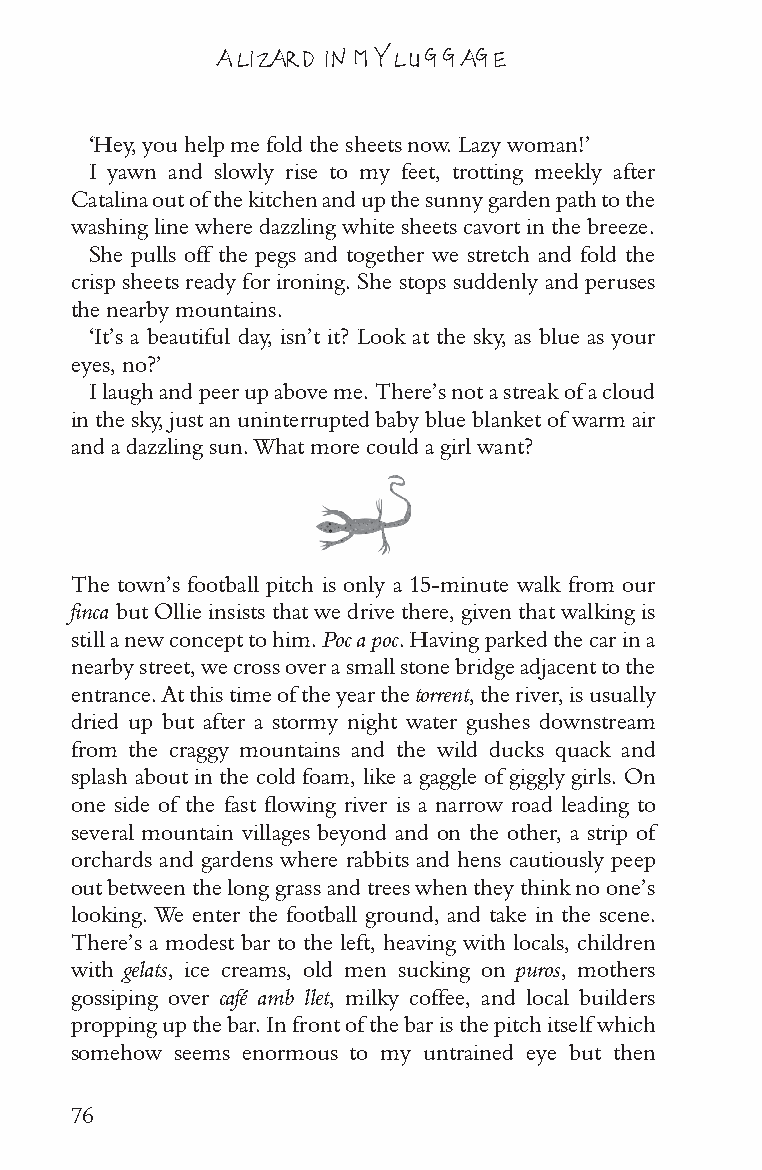
A LIZARD IN MY LUGGAGE
 ‘Hey, you help me fold the sheets now. Lazy woman!’
 I yawn and slowly rise to my feet, trotting meekly after
 Catalina out of the kitchen and up the sunny garden path to the
 washing line where dazzling white sheets cavort in the breeze.
 She pulls off the pegs and together we stretch and fold the
 crisp sheets ready for ironing. She stops suddenly and peruses
 the nearby mountains.
 ‘It’s a beautiful day, isn’t it? Look at the sky, as blue as your
 eyes, no?’
 I laugh and peer up above me. There’s not a streak of a cloud
 in the sky, just an uninterrupted baby blue blanket of warm air
 and a dazzling sun. What more could a girl want?
 The town’s football pitch is only a 15-minute walk from our
 finca but Ollie insists that we drive there, given that walking is
 still a new concept to him. Poc a poc. Having parked the car in a
 nearby street, we cross over a small stone bridge adjacent to the
 entrance. At this time of the year the torrent, the river, is usually
 dried up but after a stormy night water gushes downstream
 from the craggy mountains and the wild ducks quack and
 splash about in the cold foam, like a gaggle of giggly girls. On
 one side of the fast flowing river is a narrow road leading to
 several mountain villages beyond and on the other, a strip of
 orchards and gardens where rabbits and hens cautiously peep
 out between the long grass and trees when they think no one’s
 looking. We enter the football ground, and take in the scene.
 There’s a modest bar to the left, heaving with locals, children
 with gelats, ice creams, old men sucking on puros, mothers
 gossiping over café amb llet, milky coffee, and local builders
 propping up the bar. In front of the bar is the pitch itself which
 somehow seems enormous to my untrained eye but then
 76